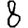
Digit: 8